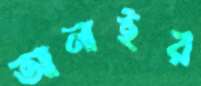
আনাইর